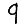
Digit: 9